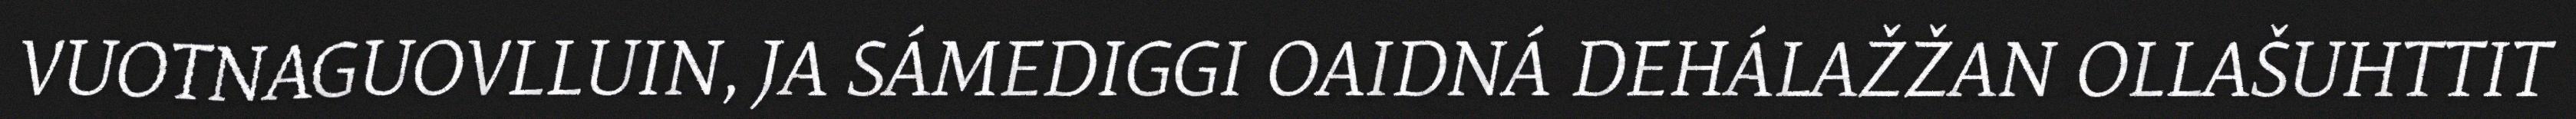
VUOTNAGUOVLLUIN, JA SÁMEDIGGI OAIDNÁ DEHÁLAŽŽAN OLLAŠUHTTIT